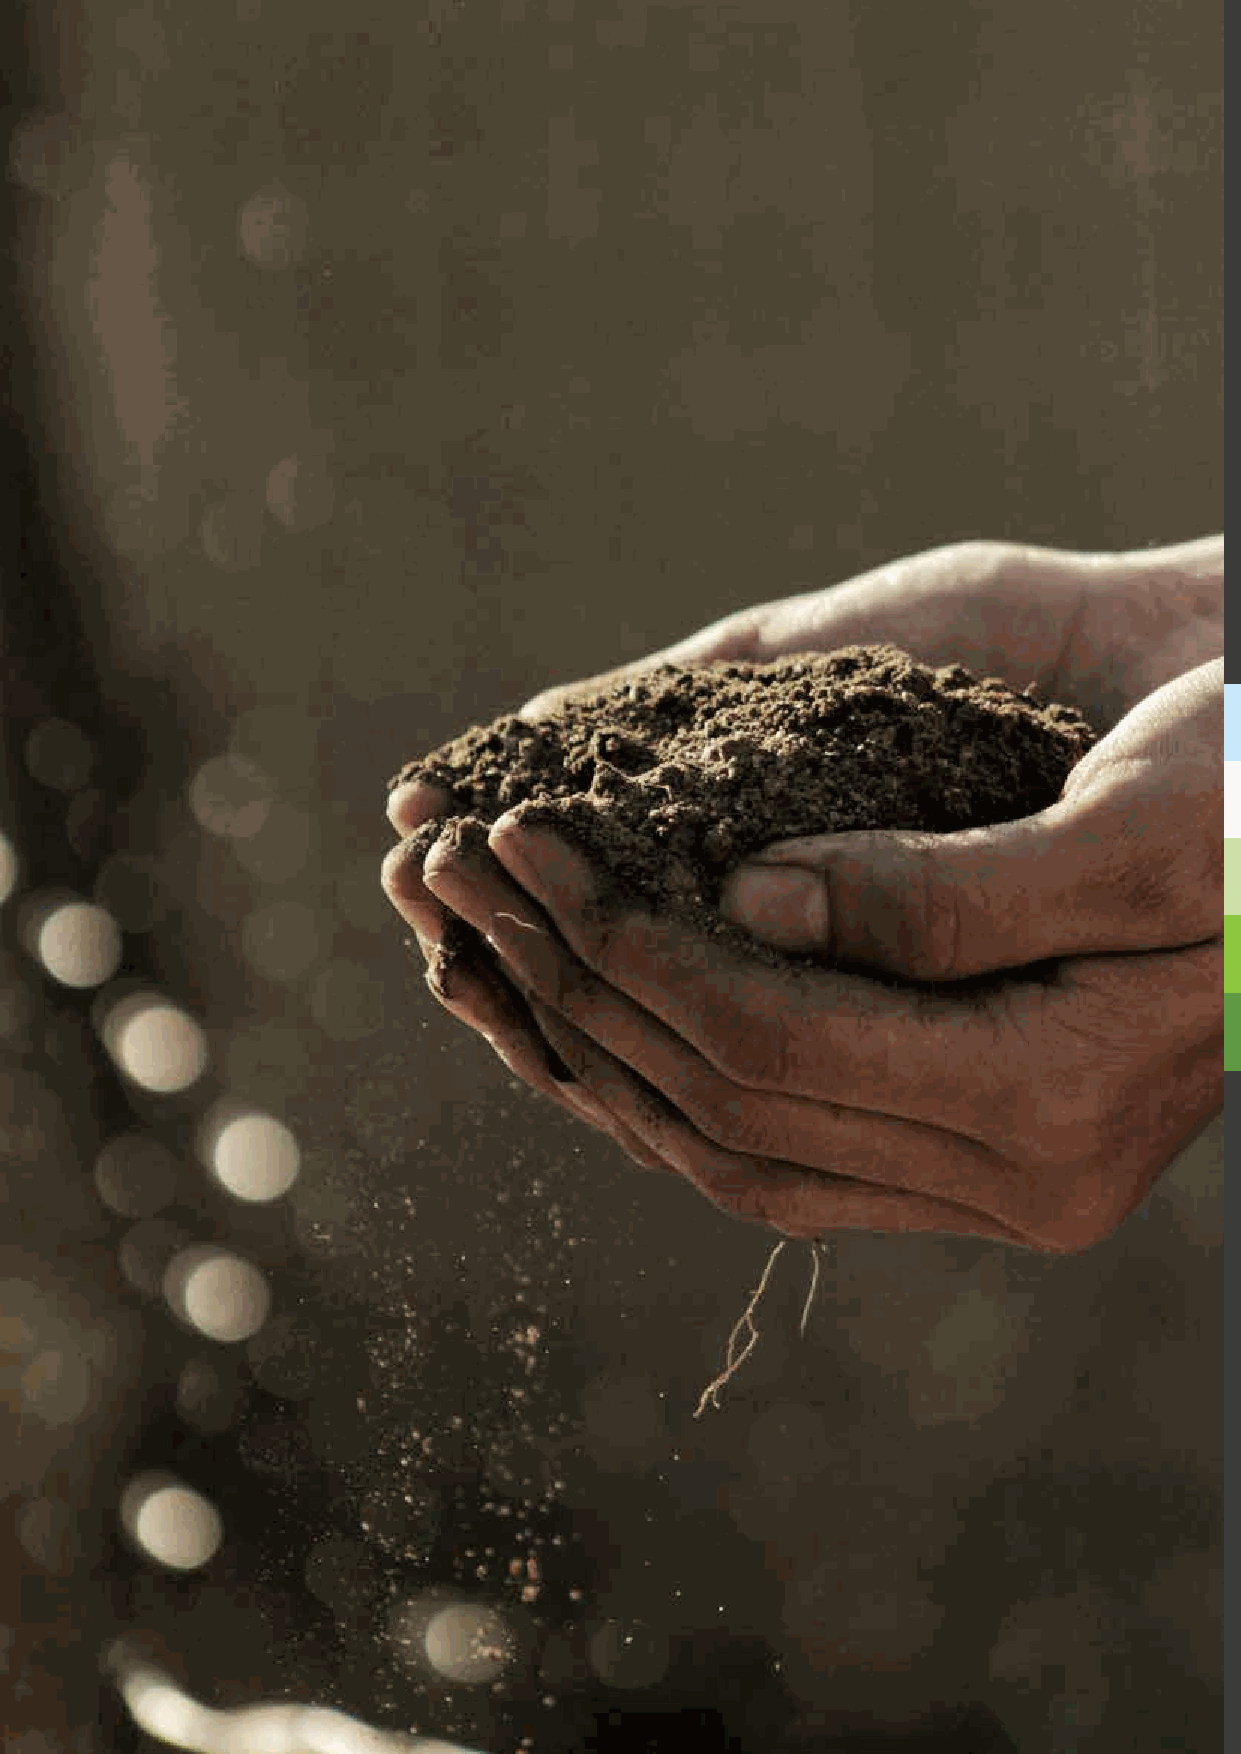
Hortus Supplies International                                  Catalog 49